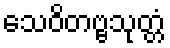
သေဝိတဗ္ဗသုတ္တံ